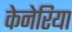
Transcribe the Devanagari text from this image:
केनेरिया